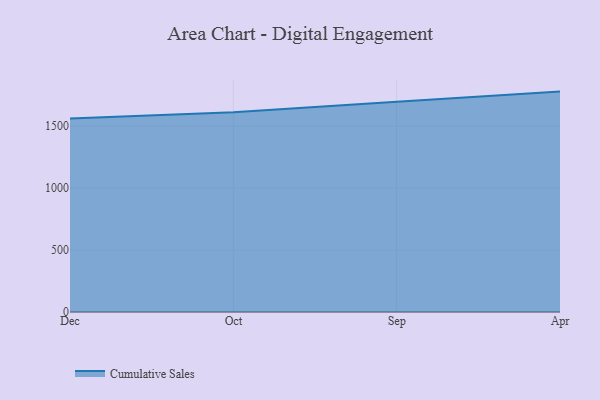
{"axis": {"x": "Month", "y": "Conversion Rate (%)"}, "legend": ["Cumulative Sales"], "data": [{"x": "Dec", "y": 1560.2, "type": "Cumulative Sales"}, {"x": "Oct", "y": 1611.2, "type": "Cumulative Sales"}, {"x": "Sep", "y": 1696.7, "type": "Cumulative Sales"}, {"x": "Apr", "y": 1778.2, "type": "Cumulative Sales"}]}